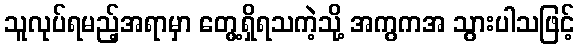
သူလုပ်ရမည့်အရာမှာ တွေ့ရှိရသကဲ့သို့ အကွကအ သွားပါသဖြင့်